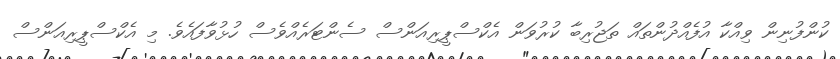
ކުންފުނިން ވިއްކާ އުފެއްދުންތައް ތަޖުރިބާ ކުރުވަން އެކްސްޕީރިއަންސް ސެންޓަރެއްވެސް ހުޅުވާފައެވެ. މި އެކްސްޕީރިއަންސް